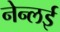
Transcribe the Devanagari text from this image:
नेन्लई